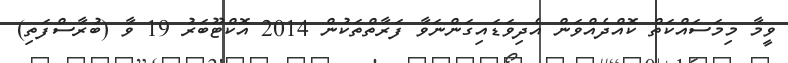
ވީމާ މިމަސައްކަތް ކޮއްދެއްވަން އެދިވަޑައިގަންނަވާ ފަރާތްތަކުން 2014 އޮކްޓޫބަރު 19 ވާ (ބުރާސްފަތި)